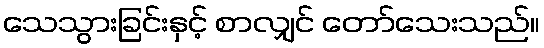
သေသွားခြင်းနှင့် စာလျှင် တော်သေးသည်။